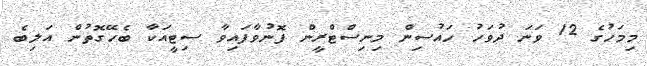
މިމަހުގެ 12 ވަނަ ދުވަހު ހައުސިން މިނިސްޓްރީން ފޮނުވާފައިވާ ސިޓީއަކާ ބެހޭގޮތުން އަލިބެ